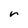
Character: r